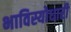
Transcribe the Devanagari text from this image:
भाविस्योधारी